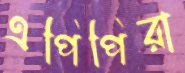
এপিপিরা